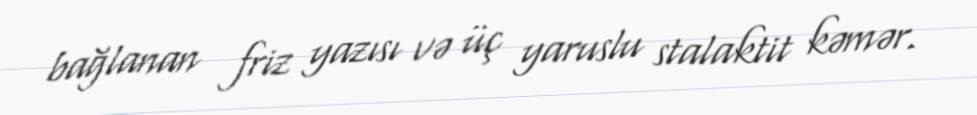
bağlanan friz yazısı və üç yaruslu stalaktit kəmər.